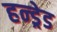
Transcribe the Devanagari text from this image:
हन्ड्रेड